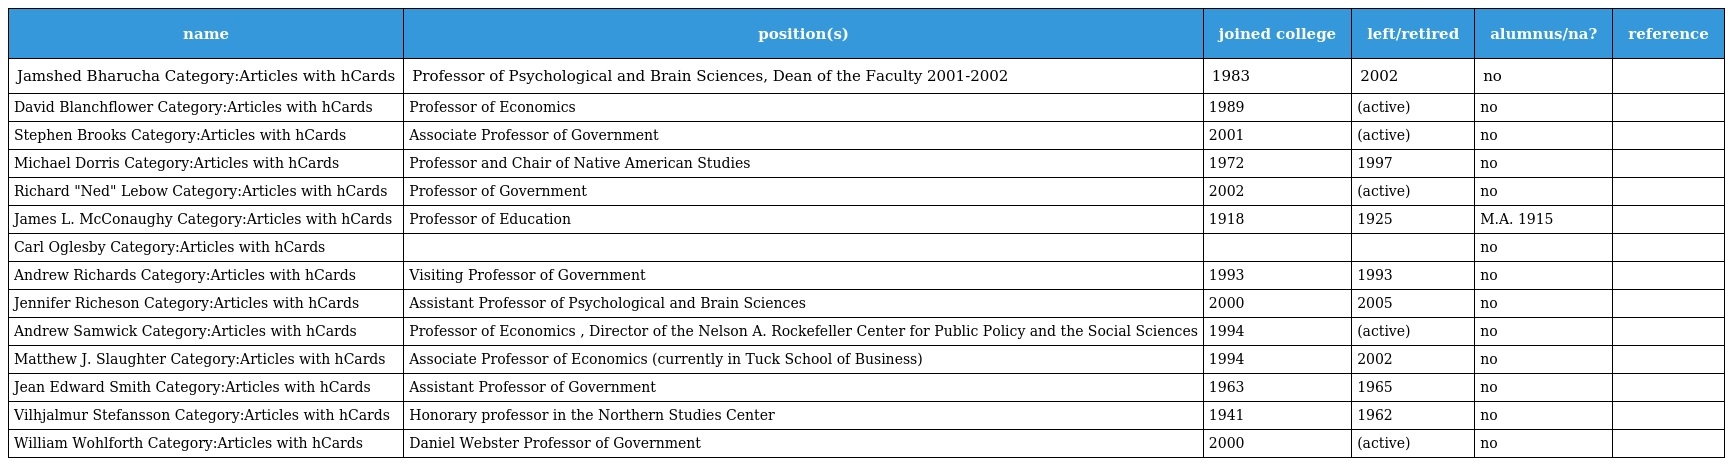
| name | position(s) | joined college | left/retired | alumnus/na? | reference |
 | --- | --- | --- | --- | --- | --- |
 | Jamshed Bharucha Category:Articles with hCards | Professor of Psychological and Brain Sciences, Dean of the Faculty 2001-2002 | 1983 | 2002 | no |  |
 | David Blanchflower Category:Articles with hCards | Professor of Economics | 1989 | (active) | no |  |
 | Stephen Brooks Category:Articles with hCards | Associate Professor of Government | 2001 | (active) | no |  |
 | Michael Dorris Category:Articles with hCards | Professor and Chair of Native American Studies | 1972 | 1997 | no |  |
 | Richard "Ned" Lebow Category:Articles with hCards | Professor of Government | 2002 | (active) | no |  |
 | James L. McConaughy Category:Articles with hCards | Professor of Education | 1918 | 1925 | M.A. 1915 |  |
 | Carl Oglesby Category:Articles with hCards |  |  |  | no |  |
 | Andrew Richards Category:Articles with hCards | Visiting Professor of Government | 1993 | 1993 | no |  |
 | Jennifer Richeson Category:Articles with hCards | Assistant Professor of Psychological and Brain Sciences | 2000 | 2005 | no |  |
 | Andrew Samwick Category:Articles with hCards | Professor of Economics , Director of the Nelson A. Rockefeller Center for Public Policy and the Social Sciences | 1994 | (active) | no |  |
 | Matthew J. Slaughter Category:Articles with hCards | Associate Professor of Economics (currently in Tuck School of Business) | 1994 | 2002 | no |  |
 | Jean Edward Smith Category:Articles with hCards | Assistant Professor of Government | 1963 | 1965 | no |  |
 | Vilhjalmur Stefansson Category:Articles with hCards | Honorary professor in the Northern Studies Center | 1941 | 1962 | no |  |
 | William Wohlforth Category:Articles with hCards | Daniel Webster Professor of Government | 2000 | (active) | no |  |